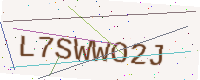
Text: L7SWWO2J